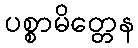
ပစ္စာမိတ္တေန